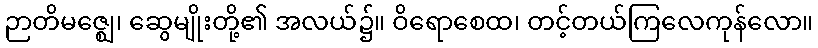
ဉာတိမဇ္ဈေ၊ ဆွေမျိုးတို့၏ အလယ်၌။ ဝိရောစေထ၊ တင့်တယ်ကြလေကုန်လော။